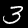
Digit: 3